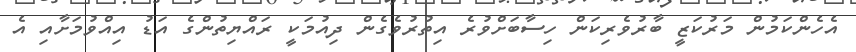
އެހެންކަމުން މަރުކަޒީ ބާރުވެރިކަން ހިސާބަށްވުރެ އިތުރުވެގެން ދިއުމަކީ ރައްޔިތުންގެ އަޑު އިއްވުމަށާއި އެ